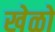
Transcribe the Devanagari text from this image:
खेळो